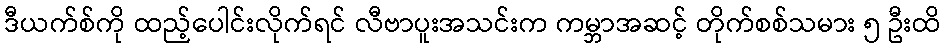
ဒီယက်စ်ကို ထည့်ပေါင်းလိုက်ရင် လီဗာပူးအသင်းက ကမ္ဘာအဆင့် တိုက်စစ်သမား ၅ ဦးထိ